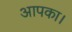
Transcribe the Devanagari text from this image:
आपका।